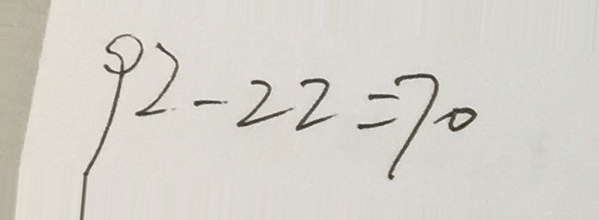
9 2 - 2 2 = 7 0